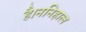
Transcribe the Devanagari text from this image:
है।ननिहाल